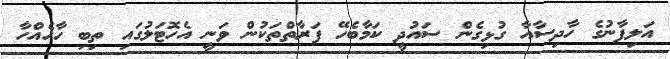
އަލިފާނުގެ ހާދިސާއާ ގުޅިގެން ސައުދީ ކަމާބެހޭ ފަރާތްތަކުން ވަނީ އެހޮޓަލުގައި ތިބި ހާހެއްހާ